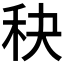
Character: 𥝭